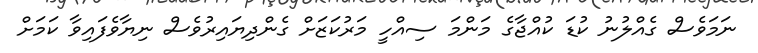
ނަމަވެސް ގެއްލުނު ކުޑަ ކުއްޖާގެ މަންމަ ސިއްހީ މަރުކަޒަށް ގެންދިޔައިރުވެސް ނިޔާވެފައިވާ ކަމަށް